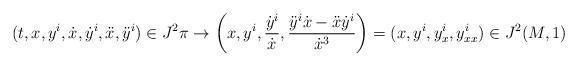
LaTeX: \begin{align*}(t,x,y^i,\dot{x},\dot{y}^i,\ddot{x},\ddot{y}^i)\in J^2\pi \to \left(x,y^i,\frac{\dot{y}^i}{\dot{x}},\frac{\ddot{y}^i\dot{x}-\ddot{x}\dot{y}^i}{\dot{x}^3}\right) = (x,y^i,y^i_{x},y^i_{xx})\in J^2(M,1)\end{align*}